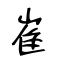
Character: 崔